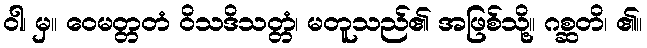
ဝါ၊ မှ။ ဝေမတ္တတံ ဝိသဒိသတ္တံ၊ မတူသည်၏ အဖြစ်သို့။ ဂစ္ဆတိ၊ ၏။